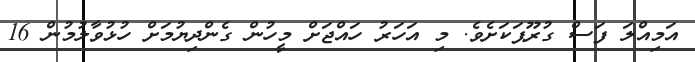
އަމިއްލަ ފަސް ގުރޫޕަކަށެވެ. މި އަހަރު ހައްޖަށް މީހުން ގެންދިޔުމަށް ހުޅުވާލުމުން 16